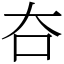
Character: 夻